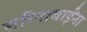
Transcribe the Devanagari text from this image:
सरिताबाईंना